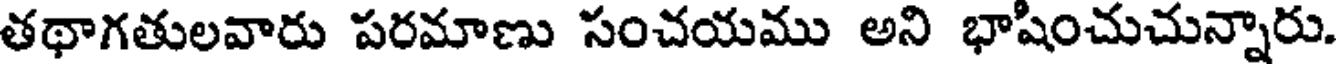
తథాగతులవారు పరమాణు సంచయము అని భాషించుచున్నారు.